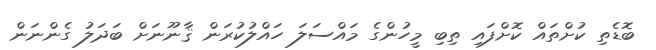
ބޮޑެތި ކުށްތައް ކޮށްފައި ތިބި މީހުންގެ މައްސަލަ ހައްލުކުރަން ޤާނޫނަށް ބަދަލު ގެންނަން